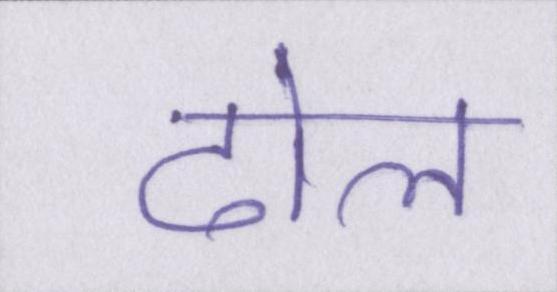
ढोल